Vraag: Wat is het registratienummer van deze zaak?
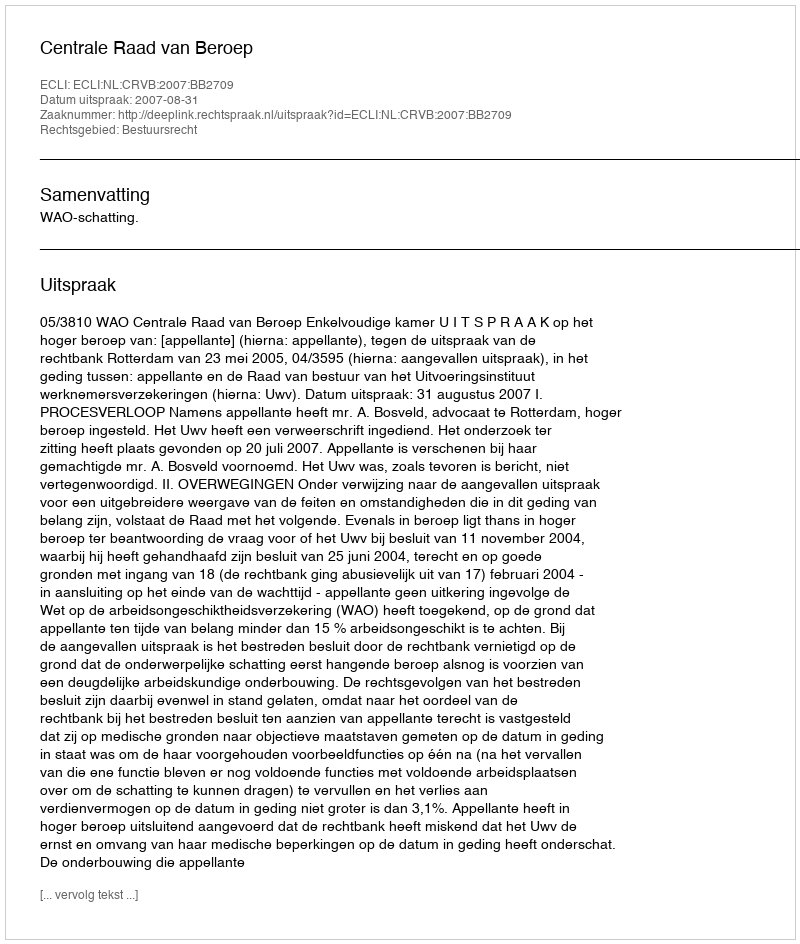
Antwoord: http://deeplink.rechtspraak.nl/uitspraak?id=ECLI:NL:CRVB:2007:BB2709